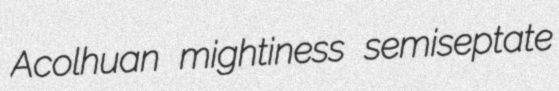
Acolhuan mightiness semiseptate